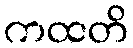
ကထတိ